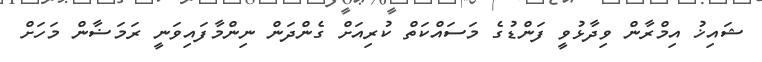
ޝައިޚު އިމްރާން ވިދާޅުވީ ފަންޑުގެ މަސައްކަތް ކުރިއަށް ގެންދަން ނިންމާފައިވަނީ ރަމަޟާން މަހަށް